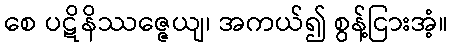
စေ ပဋိနိဿဇ္ဇေယျ၊ အကယ်၍ စွန့်ငြားအံ့။